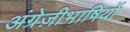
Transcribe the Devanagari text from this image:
अंग्रेज़ीभाषियों